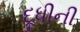
દૂધીની